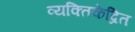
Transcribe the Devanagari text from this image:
व्यक्तिकेंद्रित